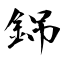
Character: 銱